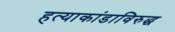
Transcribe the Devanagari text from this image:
हत्याकांडाविरुद्ध